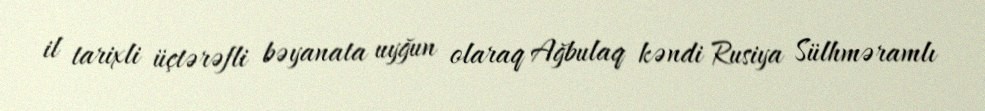
il tarixli üçtərəfli bəyanata uyğun olaraq Ağbulaq kəndi Rusiya Sülhməramlı